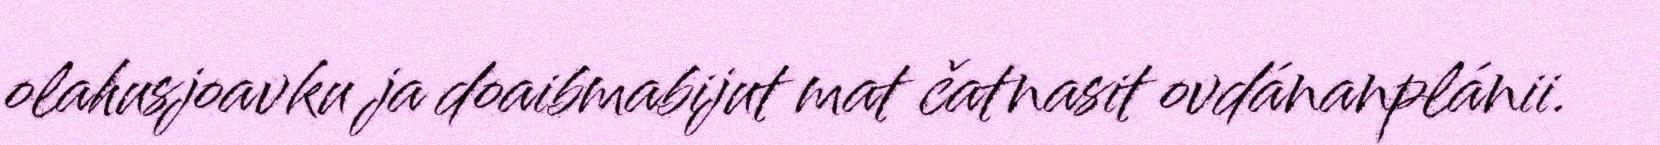
olahusjoavku ja doaibmabijut mat čatnasit ovdánanplánii.